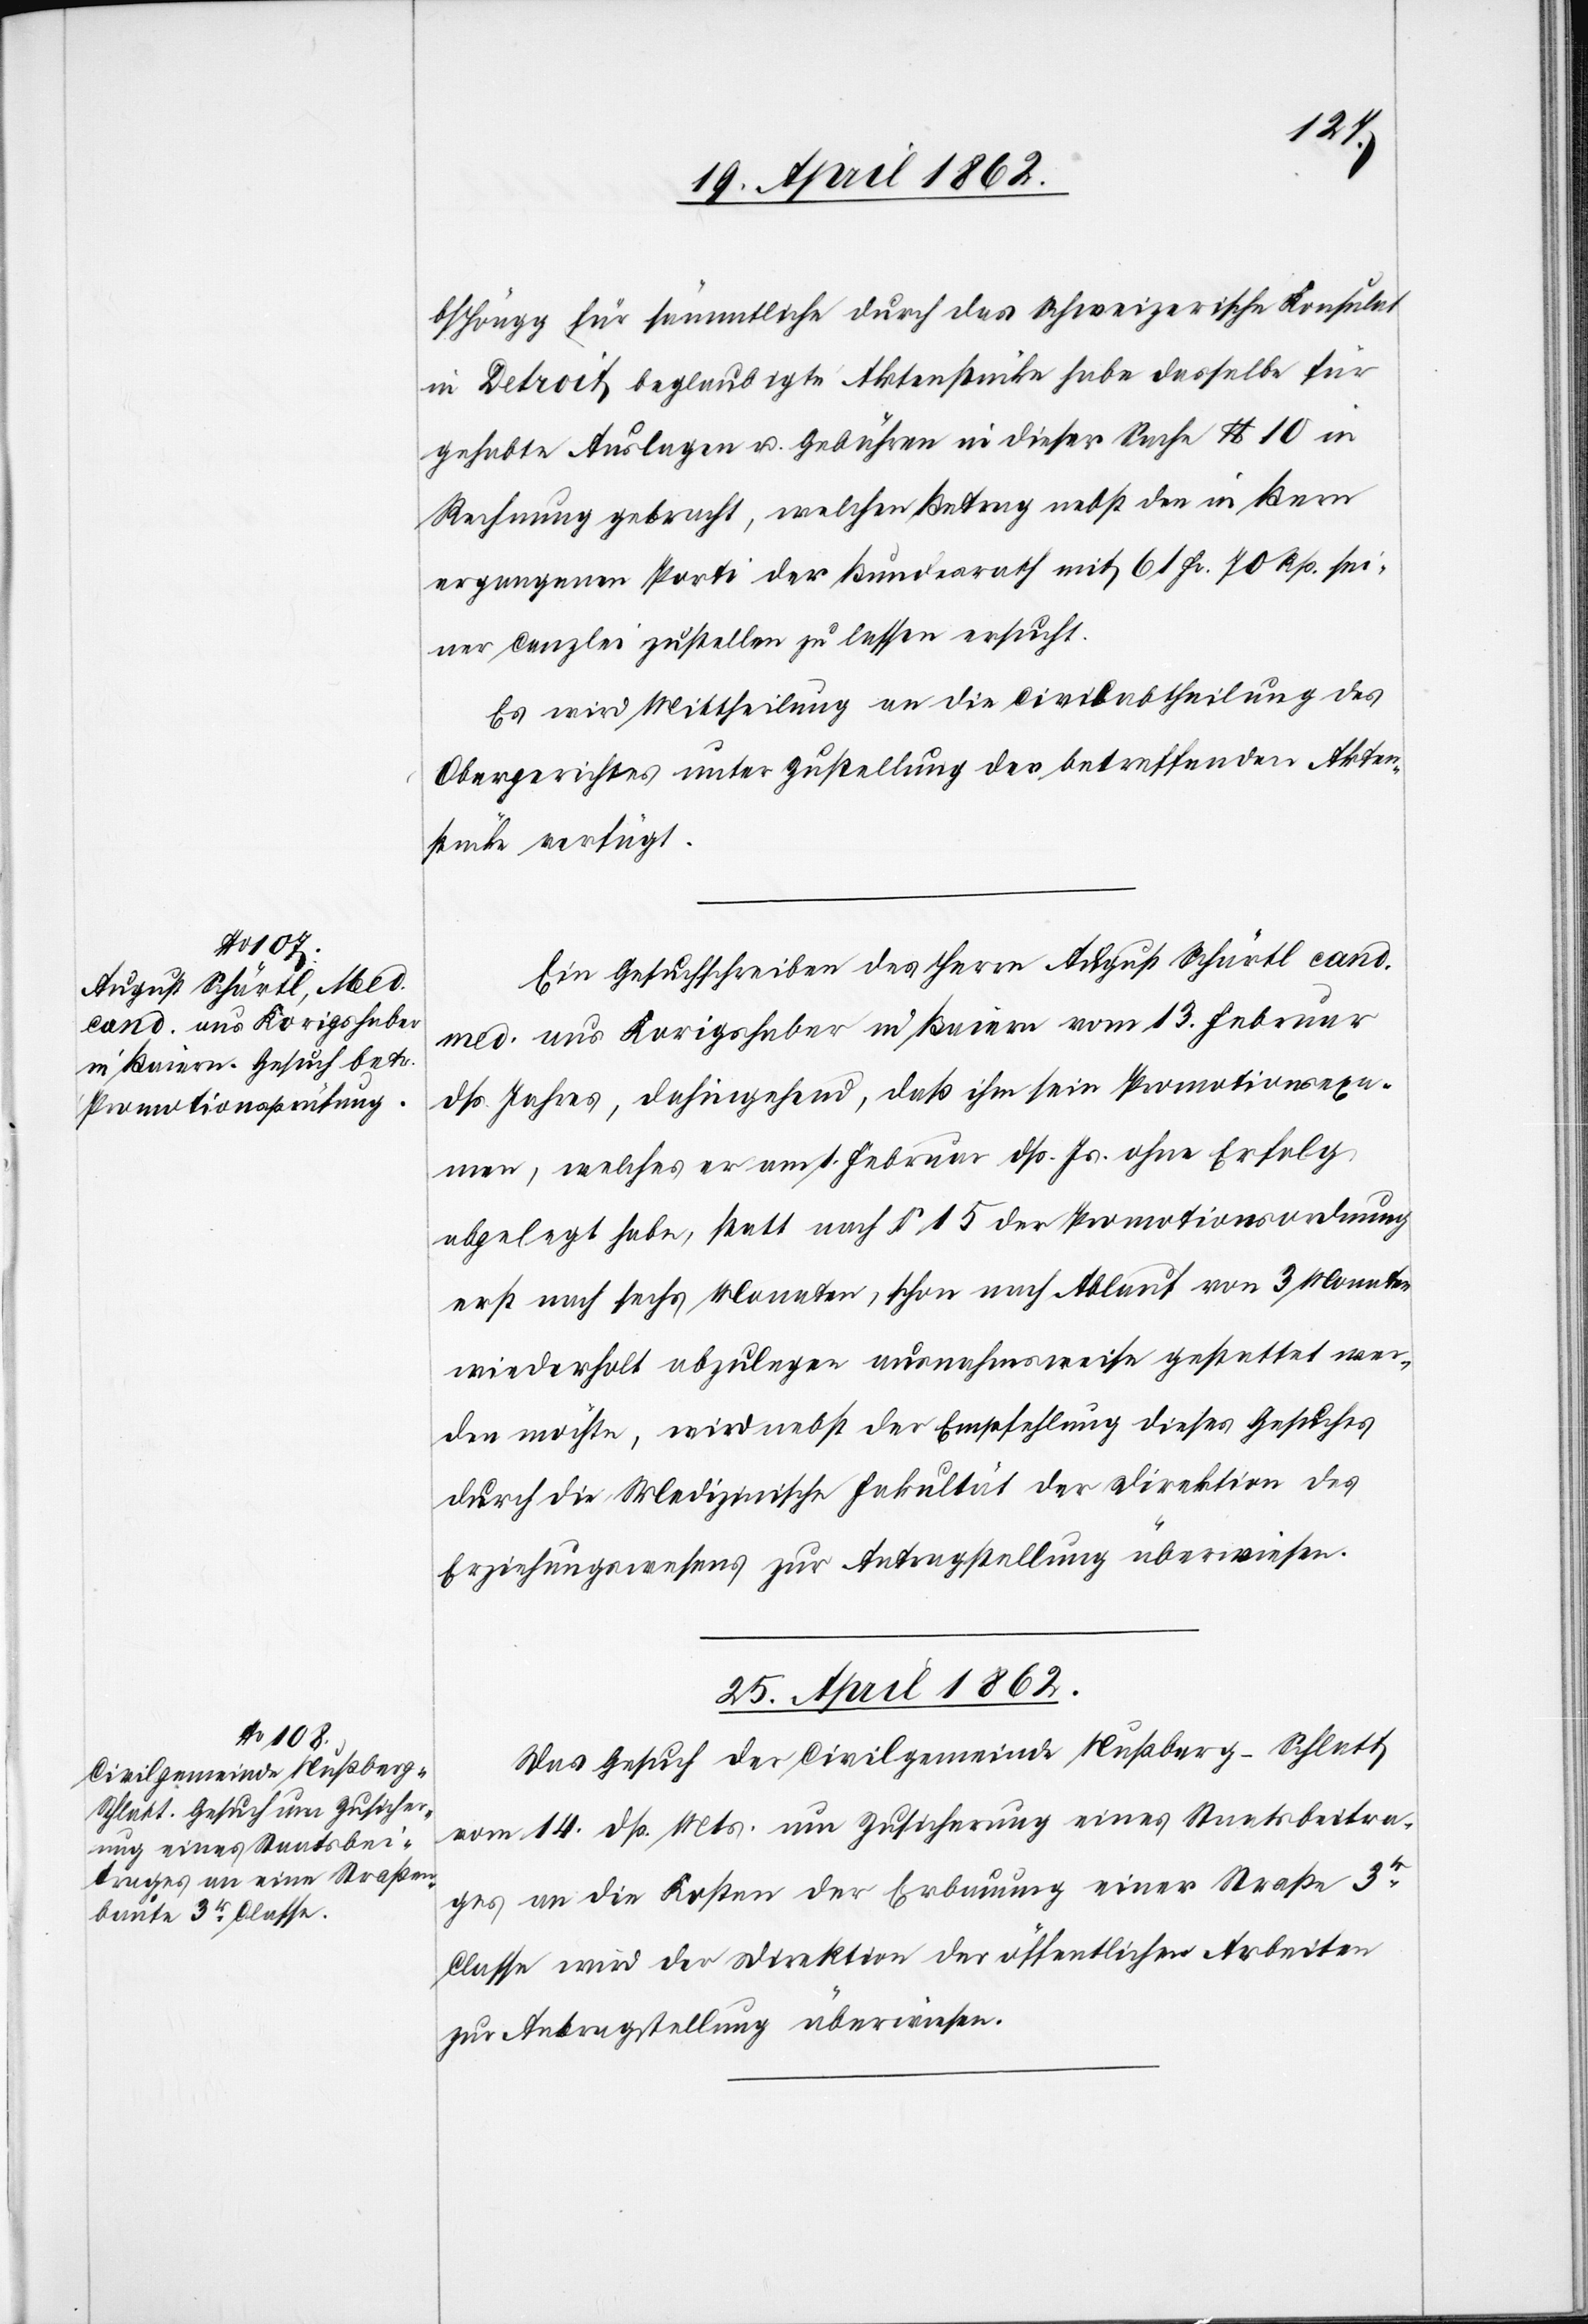
b/Höngg für sämmtliche durch das Schweizerische Konsulat
in Detroit beglaubigte Aktenstücke habe dasselbe für
gehabte Auslagen u. Gebühren in dieser Sache $ 10 in
Rechnung gebracht, welchen Betrag nebst den in Bern
ergangenen Porti der Bundesrath mit 61 Fr. 70 Rp. sei¬
ner Canzlei zustellen zu lassen ersucht.
Es wird Mittheilung an die Civilabtheilung des
Obergerichtes unter Zustellung der betreffenden Akten¬
stücke verfügt.
Ein Gesuchschreiben des Herrn August Schärtl cand.
aus Korigshaber in Baiern vom 31. Februar
dß. Jahres, dahingehend, daß ihm sein Promotionsexa¬
men, welches er am 1. Februar dß. Js. ohne Erfolg
abgelegt habe, statt nach § 15 der Promotionsordnung
erst nach sechs Monaten, schon nach Ablauf von 3 Monaten
wiederholt abzulegen ausnahmsweise gestattet wer¬
den möchte, wird nebst der Empfehlung dieses Gesuches
durch die Medizinische Fakultät der Direktion des
Erziehungswesens zur Antragstellung überwiesen.
25. April 1862.
Das Gesuch der Civilgemeinde Nußberg-Schlatt
vom 14. dß. Mts. um Zusicherung eines Staatsbeitra¬
ges an die Kosten der Erbauung einer Straße 3tr
Classe wird der Direktion der öffentlichen Arbeiten
zur Antragstellung überwiesen.